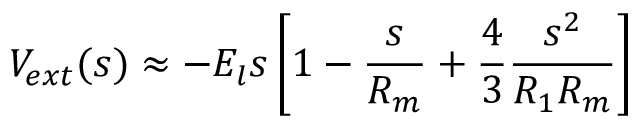
V _ { e x t } ( s ) \approx - E _ { l } s \left[ 1 - \frac { s } { R _ { m } } + \frac { 4 } { 3 } \frac { s ^ { 2 } } { R _ { 1 } R _ { m } } \right]